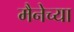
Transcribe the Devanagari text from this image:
मैनेच्या